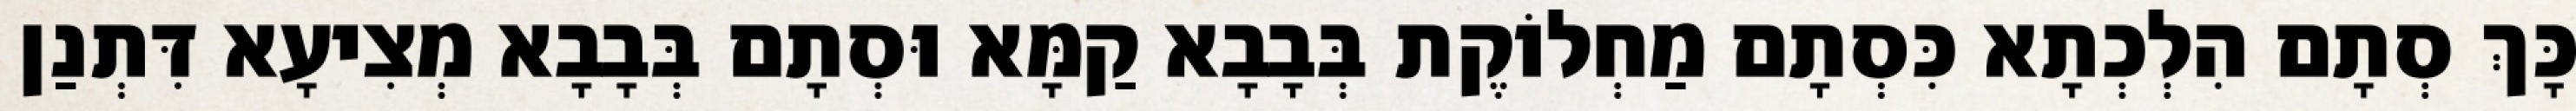
כָּךְ סְתָם הִלְכְתָא כִּסְתָם מַחְלוֹקֶת בְּבָבָא קַמָּא וּסְתָם בְּבָבָא מְצִיעָא דִּתְנַן